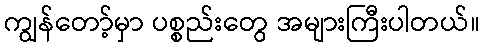
ကျွန်တော့်မှာ ပစ္စည်းတွေ အများကြီးပါတယ်။